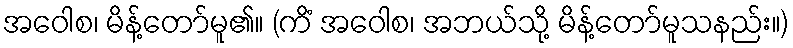
အဝေါစ၊ မိန့်တော်မူ၏။ (ကိံ အဝေါစ၊ အဘယ်သို့ မိန့်တော်မူသနည်း။)